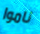
ناموا